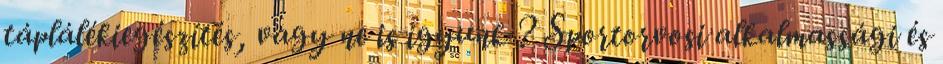
táplálékiegészítés, vagy ne is igyunk ? Sportorvosi alkalmassági és